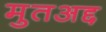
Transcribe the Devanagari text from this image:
मुतअद्द